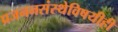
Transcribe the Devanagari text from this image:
प्रजननसंस्थेविषयीही